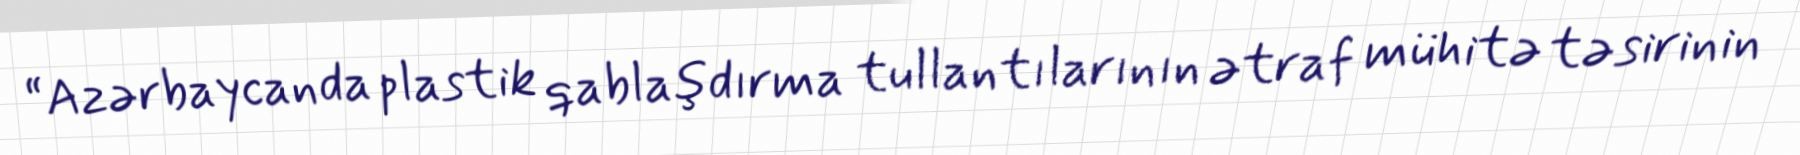
“Azərbaycanda plastik qablaşdırma tullantılarının ətraf mühitə təsirinin